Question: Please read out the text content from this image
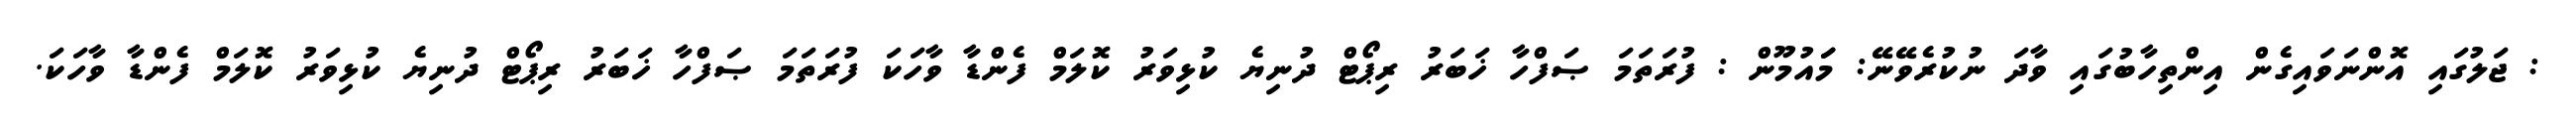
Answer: : ޖަލުގައި އޮންނަވައިގެން އިންތިހާބުގައި ވާދަ ނުކުރެވޭނޭ: މަައުމޫން : ފުރަތަމަ ޞަފްހާ ޚަބަރު ރިޕޯޓް ދުނިޔެ ކުޅިވަރު ކޮލަމް ފެންޑާ ވާހަކަ ފުރަތަމަ ޞަފްހާ ޚަބަރު ރިޕޯޓް ދުނިޔެ ކުޅިވަރު ކޮލަމް ފެންޑާ ވާހަކަ.